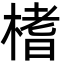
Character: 榰